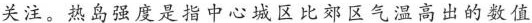
关注。热岛强度是指中心城区比郊区气温高出的数值